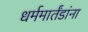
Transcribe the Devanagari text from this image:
धर्ममार्तंडांना